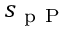
s _ { \mathrm { ~ p ~ P ~ } }